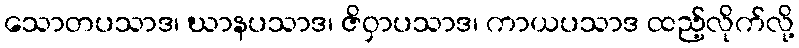
သောတပသာဒ၊ ဃာနပသာဒ၊ ဇိဝှာပသာဒ၊ ကာယပသာဒ ထည့်လိုက်လို့